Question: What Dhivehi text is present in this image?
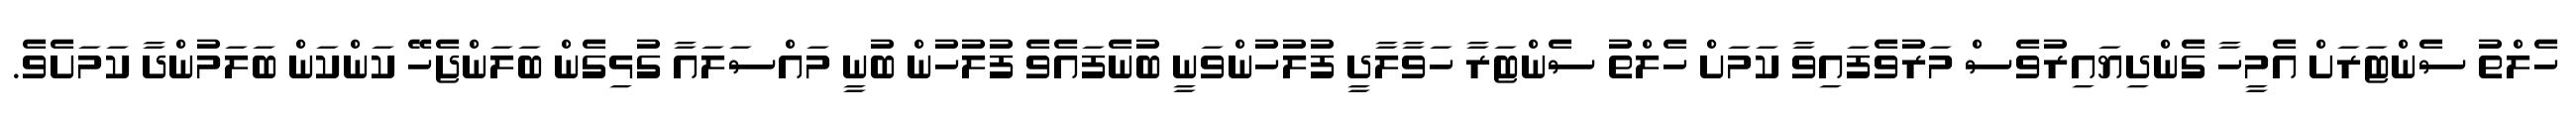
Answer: ހެލްތު ސެންޓަރަށް އެމީހާ ގެންދިޔައިރުވެސް މަރުވެފައިވާ ކަމަށް ހެލްތު ސެންޓަރާ ހަވާލާދީ ފުލުހުންވަނީ ބުނެފައެވެ ފުލުހުން ބުނީ މައްސަލައާ ގުޅިގެން ބަލަންޖެހޭ ކަންކަން ބަލަމުންދާ ކަމަށެވެ.